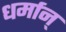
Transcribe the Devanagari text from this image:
धर्मान्